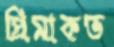
প্রিমাকভ